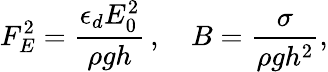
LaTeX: F_{E}^{2}=\frac{\epsilon_{d}E_{0}^{2}}{\rho gh}\, ,\quad B=\frac{\sigma}{\rho gh^{2}},